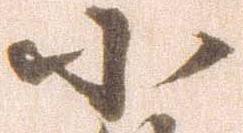
小